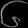
Digit: ၆